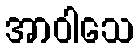
အာဝါသေ